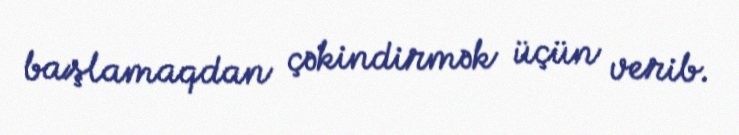
başlamaqdan çəkindirmək üçün verib.